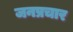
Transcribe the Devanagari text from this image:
जनप्रचार